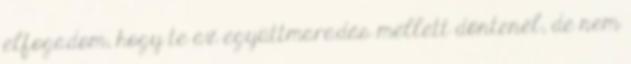
elfogadom, hogy te az együttmaradás mellett döntenél, de nem